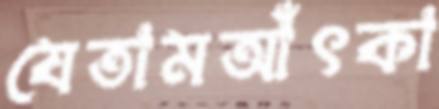
যেতামআঁৎকা